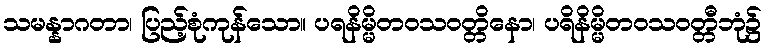
သမန္နာဂတာ၊ ပြည့်စုံကုန်သော။ ပရနိမ္မိတဝသဝတ္တိနော၊ ပရိနိမ္မိတဝသဝတ္တီဘုံ၌